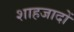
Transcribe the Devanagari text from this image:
शाहजादों